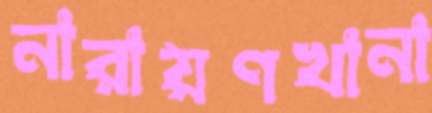
নারায়ণখানা